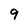
Character: 9